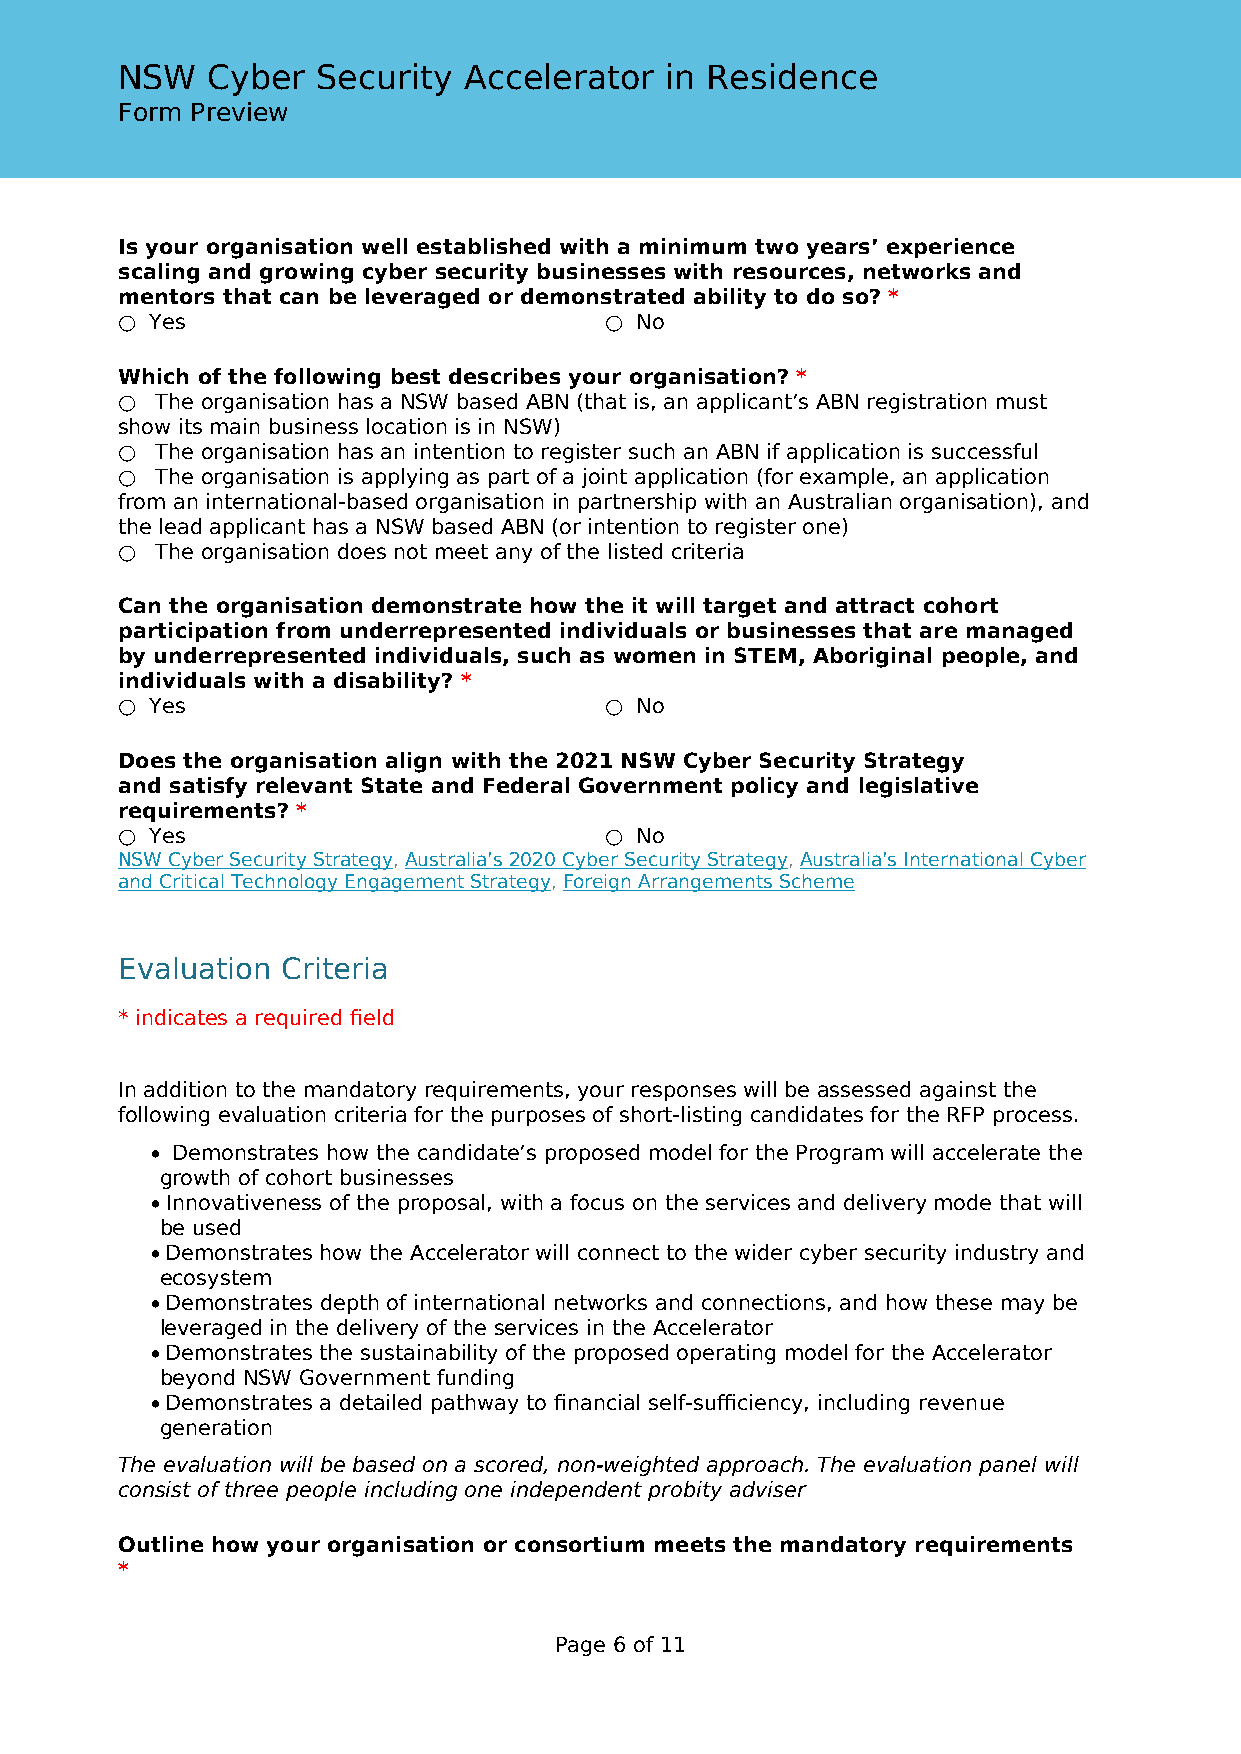
NSW   Cyber  Security  Accelerator  in Residence
 Form Preview
 Is your organisation well established with a minimum two years’ experience
 scaling and growing cyber security businesses with resources, networks and
 mentors that can be leveraged or demonstrated ability to do so? *
 ○ Yes                           ○ No
 Which of the following best describes your organisation? *
 ○ The organisation has a NSW based ABN (that is, an applicant’s ABN registration must
 show its main business location is in NSW)
 ○ The organisation has an intention to register such an ABN if application is successful
 ○ The organisation is applying as part of a joint application (for example, an application
 from an international-based organisation in partnership with an Australian organisation), and
 the lead applicant has a NSW based ABN (or intention to register one)
 ○ The organisation does not meet any of the listed criteria
 Can the organisation demonstrate how the it will target and attract cohort
 participation from underrepresented individuals or businesses that are managed
 by underrepresented individuals, such as women in STEM, Aboriginal people, and
 individuals with a disability? *
 ○ Yes                           ○ No
 Does the organisation align with the 2021 NSW Cyber Security Strategy
 and satisfy relevant State and Federal Government policy and legislative
 requirements? *
 ○ Yes                           ○ No
 NSW Cyber Security Strategy, Australia’s 2020 Cyber Security Strategy, Australia’s International Cyber
 and Critical Technology Engagement Strategy, Foreign Arrangements Scheme
 Evaluation Criteria
 * indicates a required field
 In addition to the mandatory requirements, your responses will be assessed against the
 following evaluation criteria for the purposes of short-listing candidates for the RFP process.
 • Demonstrates how the candidate’s proposed model for the Program will accelerate the
 growth of cohort businesses
 • Innovativeness of the proposal, with a focus on the services and delivery mode that will
 be used
 • Demonstrates how the Accelerator will connect to the wider cyber security industry and
 ecosystem
 • Demonstrates depth of international networks and connections, and how these may be
 leveraged in the delivery of the services in the Accelerator
 • Demonstrates the sustainability of the proposed operating model for the Accelerator
 beyond NSW Government funding
 • Demonstrates a detailed pathway to financial self-sufficiency, including revenue
 generation
 The evaluation will be based on a scored, non-weighted approach. The evaluation panel will
 consist of three people including one independent probity adviser
 Outline how your organisation or consortium meets the mandatory requirements
 *
 Page 6 of 11